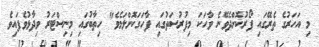
މި އަހަރުގެ ތެރޭގައި ފޯރުކޮށްދެވޭނެ ވާހަކަ މިފުރުސަތުގައި ފާހަގަކޮށްލަމެވެ" ހިތާބުގައި މިނިސްޓަރު ވިދާޅުވެފައިވެ